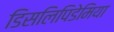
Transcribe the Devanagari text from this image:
डिसलिपिडेमिया